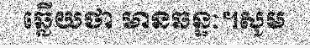
ឆ្លើយថា មានឆន្ទៈ។សូម